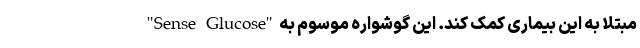
مبتلا به این بیماری کمک کند. این گوشواره موسوم به "Sense Glucose"